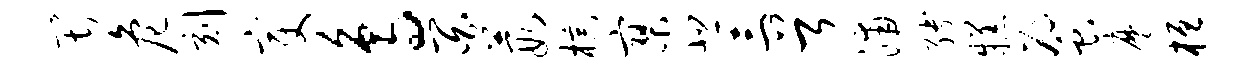
畏危刻变鸟百葭棕寥悲三首浦缚糕蜜麾桓